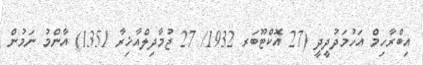
އިބްރާހިމް އަހުމަދުދީދީ (27 އޮކްޓޫބަރ 1932/ 27 ޖުމާދިލްއާޚިރާ 1351) އާންމު ނަމުން